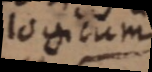
logicum